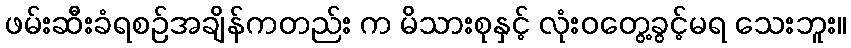
ဖမ်းဆီးခံရစဉ်အချိန်ကတည်း က မိသားစုနှင့် လုံးဝတွေ့ခွင့်မရ သေးဘူး။